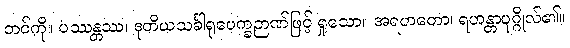
ဘင်ကို။ ပဿန္တဿ၊ ဒုတိယသင်္ခါရုပေက္ခဉာဏ်ဖြင့် ရှုသော။ အရဟတော၊ ရဟန္တာပုဂ္ဂိုလ်၏။